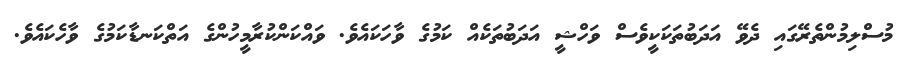
މުސްލިމުންތެރޭގައި ދެވޭ އަދަބުތަކަކީވެސް ވަހްޝީ އަދަބުތަކެއް ކަމުގެ ވާހަކައެވެ. ވައްކަންކުރާމީހުންގެ އަތްކަނޑާކަމުގެ ވާހެކައެވެ.